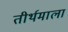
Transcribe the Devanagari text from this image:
तीर्थमाला